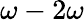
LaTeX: \omega-2\omega